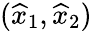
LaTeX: (\widehat{x}_{1},\widehat{x}_{2})